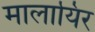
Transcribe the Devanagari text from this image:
मालायिर